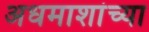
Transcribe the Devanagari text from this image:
अधमाशांच्या